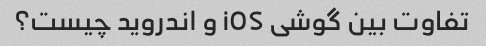
تفاوت بین گوشی iOS و اندروید چیست؟